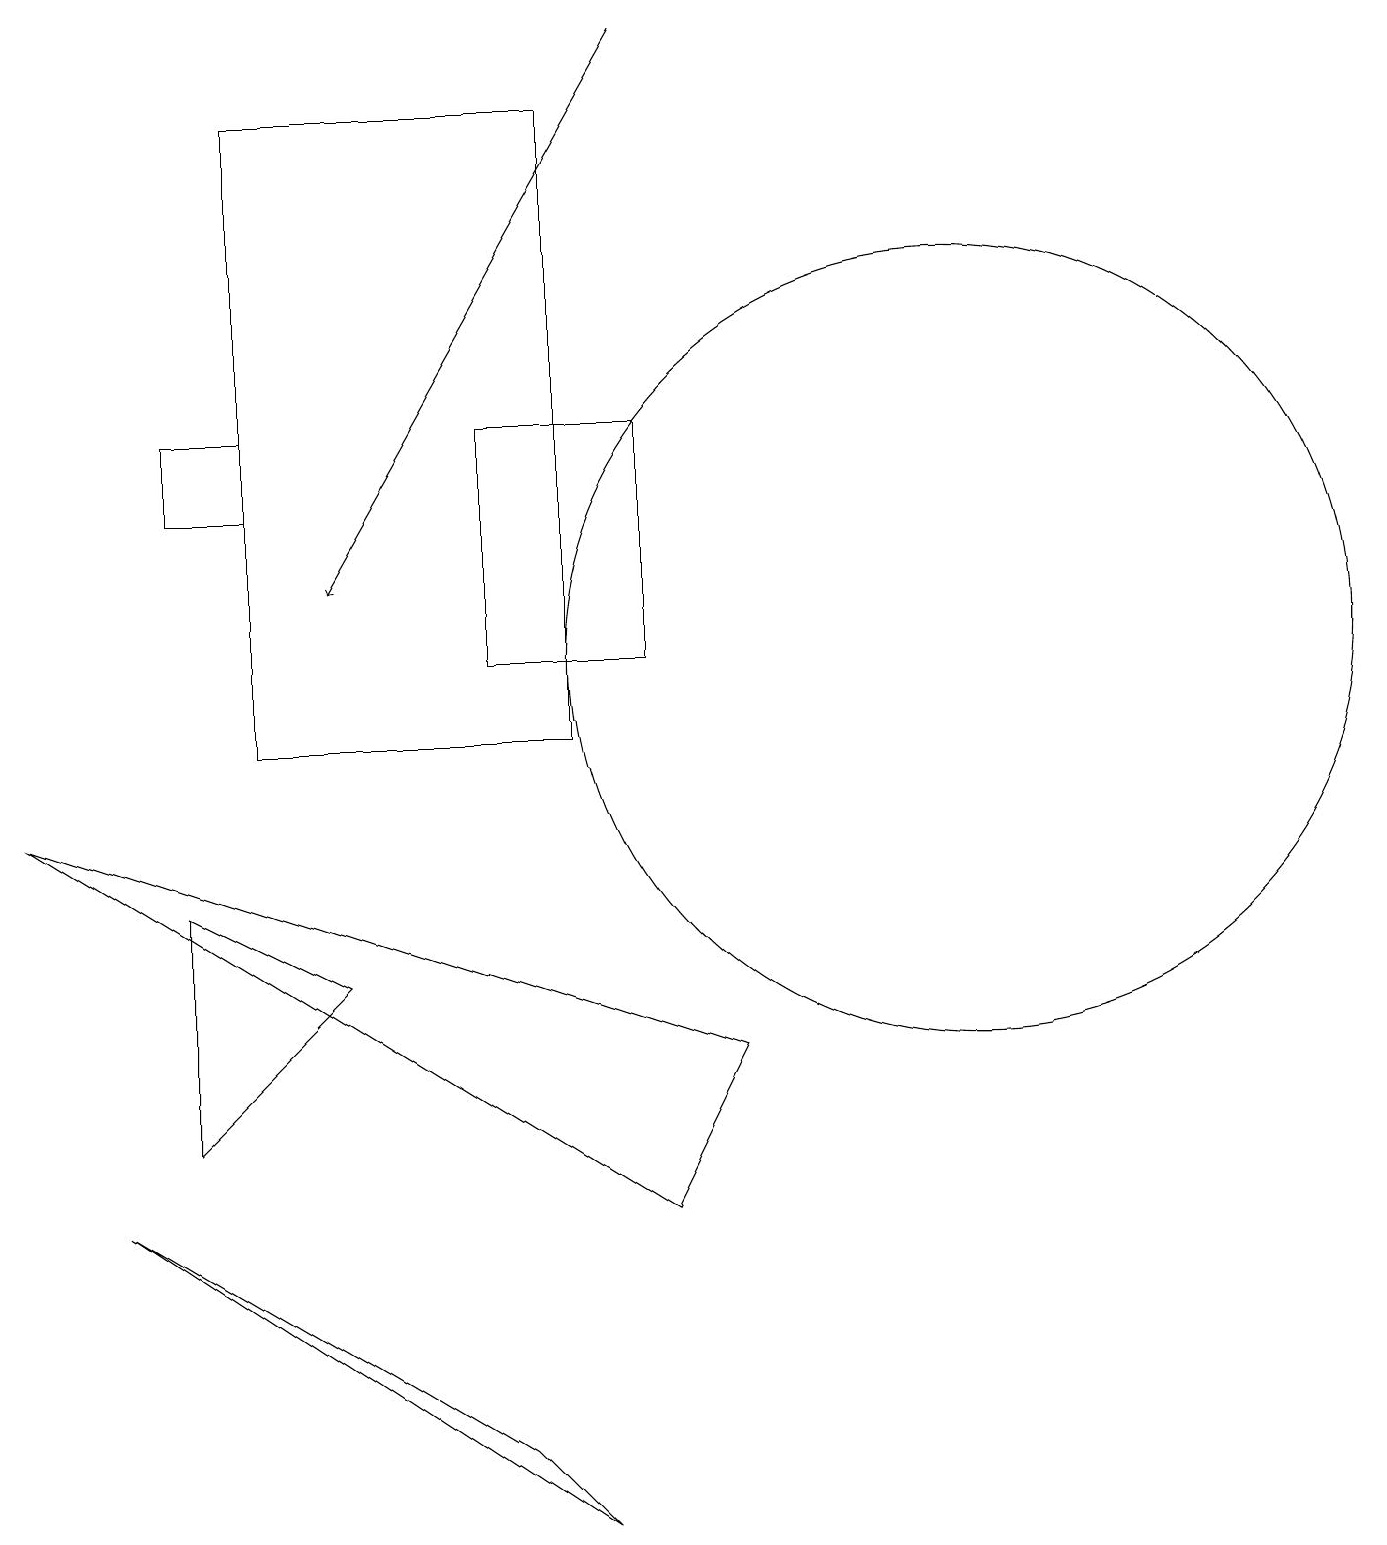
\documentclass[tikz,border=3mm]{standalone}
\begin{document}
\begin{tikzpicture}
\draw[->] (8,19) -- (4,12);
\draw (12,11) circle (5);
\draw (6,11) rectangle (8,14);
\draw (4,7) -- (2,5) -- (2,8) -- cycle;
\draw (6,1) -- (7,0) -- (1,4) -- cycle;
\draw (3,14) rectangle (2,13);
\draw (3,18) rectangle (7,10);
\draw (9,6) -- (0,9) -- (8,4) -- cycle;
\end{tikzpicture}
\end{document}